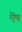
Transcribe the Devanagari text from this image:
ऐंप